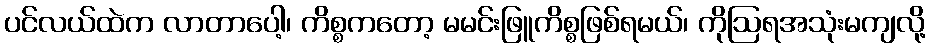
ပင်လယ်ထဲက လာတာပေါ့၊ ကိစ္စကတော့ မမင်းဖြူကိစ္စဖြစ်ရမယ်၊ ကိုဩရအသုံးမကျလို့